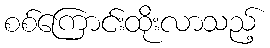
စစ်ကြောင်းထိုးလာသည့်